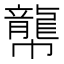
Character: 𪚑